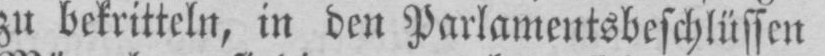
zu bekritteln, in den Parlamentsbeschlüssen